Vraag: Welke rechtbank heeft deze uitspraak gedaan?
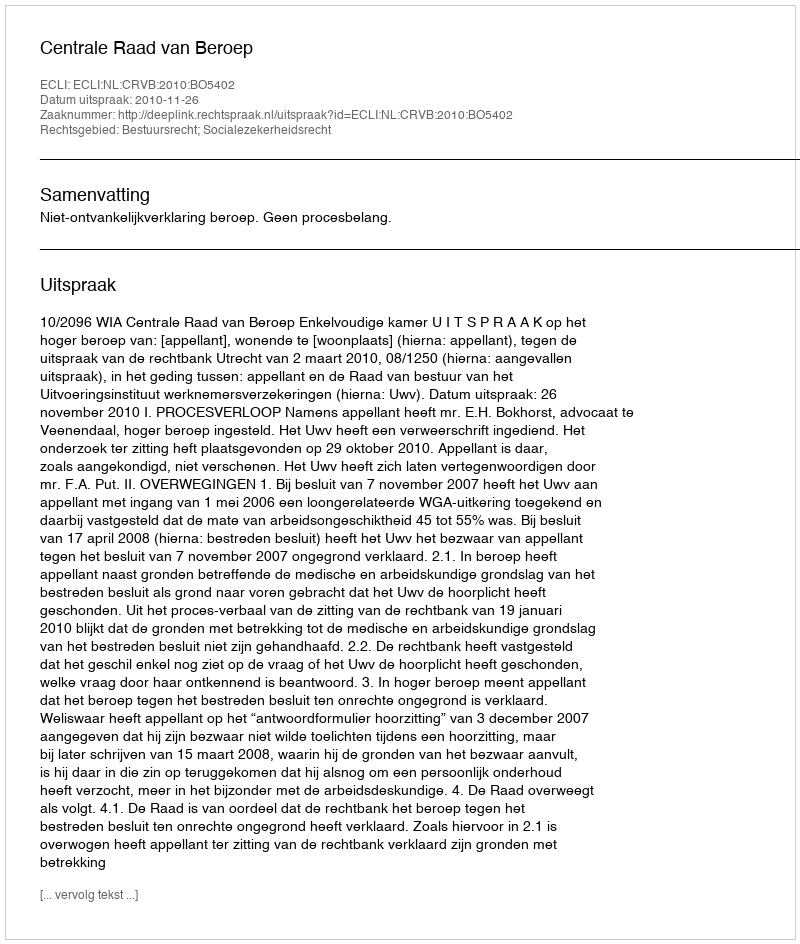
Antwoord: Centrale Raad van Beroep